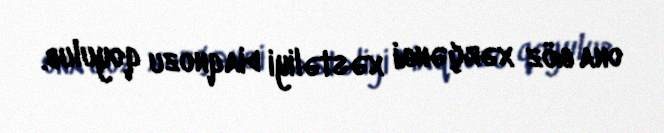
ona göz xərçəngi xəstəliyi diaqnozu qoyulub.